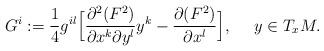
LaTeX: \begin{align*}G^i:=\frac{1}{4}g^{il}\Big[\frac{\partial^2(F^2)}{\partial x^k \partial y^l}y^k-\frac{\partial(F^2)}{\partial x^l}\Big],\ \ \ \ y\in T_xM.\end{align*}